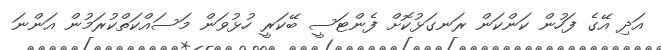
އަދި އޭގެ ފަހުން ކަންކަން ރަނގަޅުކޮށް ފެންޓަސީ ބޭކަރީ ހުޅުވަން މަސައްކަތްކުރަމުން އަންނަ